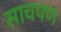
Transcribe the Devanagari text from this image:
साचपण